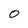
Character: O